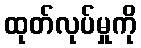
ထုတ်လုပ်မှုကို